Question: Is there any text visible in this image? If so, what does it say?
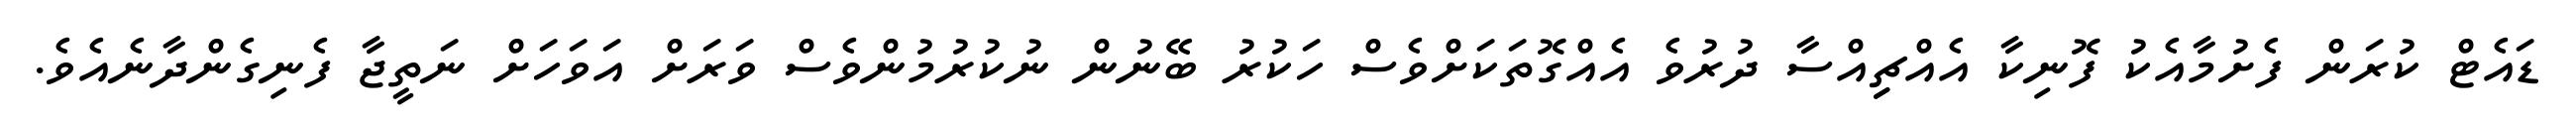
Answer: ޑައެޓް ކުރަން ފެށުމާއެކު ފޮނިކާ އެއްޗިިއްސާ ދުރުވެ އެއްގޮތަކަށްވެސް ހަކުރު ބޭނުން ނުކުރުމުންވެސް ވަރަށް އަވަހަށް ނަތީޖާ ފެނިގެންދާނެއެވެ.